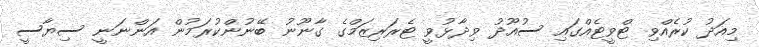
މިއަދު ކުރެއްވި ޓްވީޓެއްގައި ސުއޫދު ވިދާޅުވީ ޓެރަރިޒަމްގެ ގާނޫނު ބޭނުންކުރަމުން އަންނަނީ ސިޔާާސީ